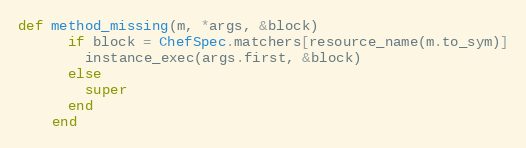
Language: Ruby
def method_missing(m, *args, &block)
      if block = ChefSpec.matchers[resource_name(m.to_sym)]
        instance_exec(args.first, &block)
      else
        super
      end
    end